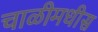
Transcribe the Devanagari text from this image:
चाळीमधीस